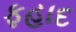
ફહાદ